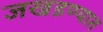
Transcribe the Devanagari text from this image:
जखडण्यात